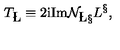
T _ { { \bf \L } } \equiv 2 \mathrm { i } \mathrm { I m } { \cal N } _ { { \bf \L } { \bf \S } } L ^ { { \bf \S } } ,